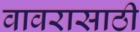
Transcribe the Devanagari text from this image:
वावरासाठी